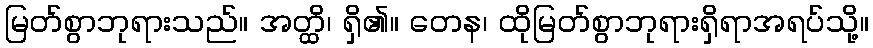
မြတ်စွာဘုရားသည်။ အတ္ထိ၊ ရှိ၏။ တေန၊ ထိုမြတ်စွာဘုရားရှိရာအရပ်သို့။